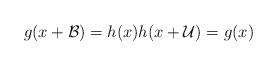
LaTeX: \begin{align*} g(x+ \mathcal{B}) = h(x) h(x + \mathcal{U}) = g(x) \end{align*}